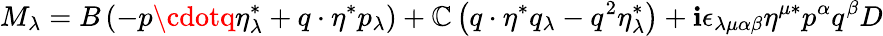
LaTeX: M_{\lambda}=B\left(-p\cdotq\eta_{\lambda}^{*}+q\cdot\eta^{*}p_{\lambda}\right)+\mathbb{C}\left(q\cdot\eta^{*}q_{\lambda}-q^{2}\eta_{\lambda}^{*}\right)+\mathbf{i}\epsilon_{\lambda\mu\alpha\beta}\eta^{\mu*}p^{\alpha}q^{\beta}D